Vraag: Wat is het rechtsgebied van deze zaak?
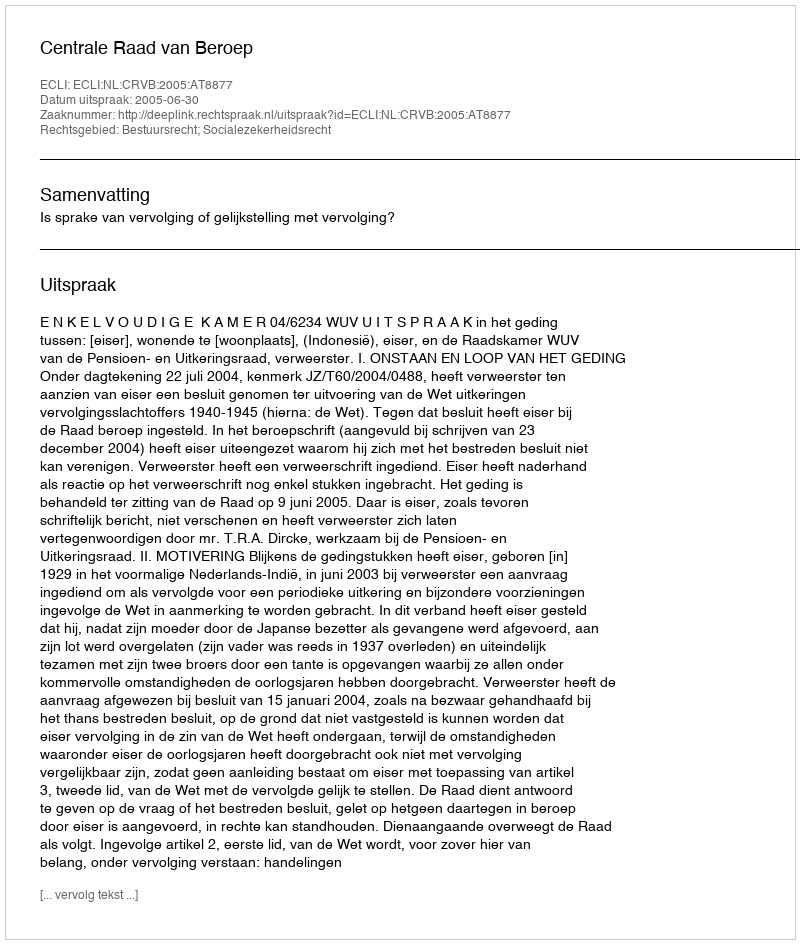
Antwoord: Bestuursrecht; Socialezekerheidsrecht